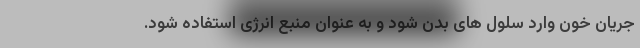
جریان خون وارد سلول های بدن شود و به عنوان منبع انرژی استفاده شود.